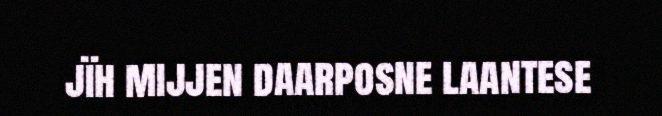
jïh mijjen daarposne laantese